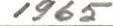
1965